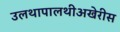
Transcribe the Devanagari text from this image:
उलथापालथीअखेरीस